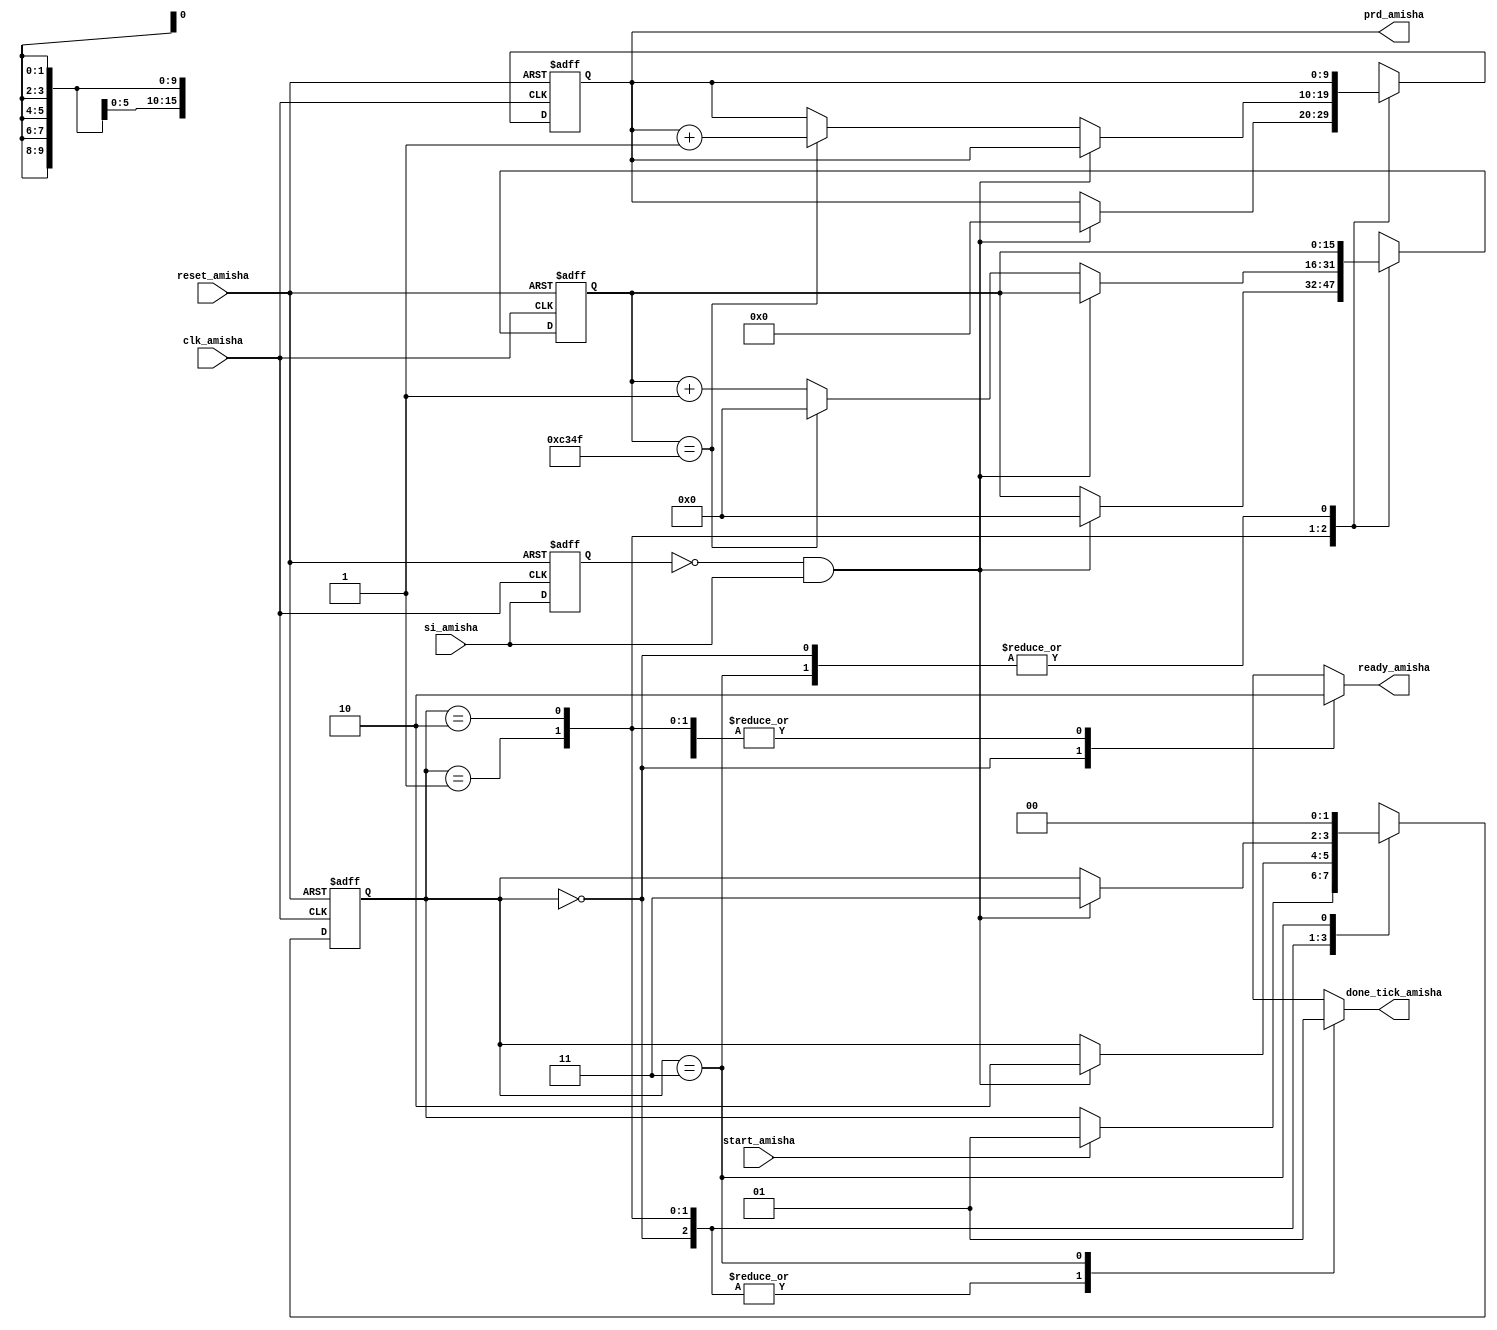
`timescale 1ns / 1ps
//////////////////////////////////////////////////////////////////////////////////
// Company: 
// Engineer: 
// 
// Design Name: 
// Module Name:    period_counter_Amisha 
// Project Name: 
// Target Devices: 
// Tool versions: 
// Description: 
//
// Dependencies: 
//
// Revision: 
// Revision 0.01 - File Created
// Additional Comments: 
//
//////////////////////////////////////////////////////////////////////////////////

module period_counter_Amisha
   (
    input clk_amisha, 
	 input reset_amisha,
    input start_amisha, 
	 input si_amisha,
    output reg ready_amisha, 
	 output reg done_tick_amisha,
    output [9:0] prd_amisha
   );

   localparam [1:0]
      idle_amisha  = 2'b00,
      waite_amisha = 2'b01,
      count_amisha = 2'b10,
      done_amisha  = 2'b11;

   localparam CLK_MS_COUNT_amisha = 50000; 

   reg [1:0] state_reg_amisha, state_next_amisha;
   reg [15:0] t_reg_amisha, t_next_amisha; 
   reg [9:0] p_reg_amisha, p_next_amisha;   
   reg delay_reg_amisha;
   wire edg_amisha;

   always @(posedge clk_amisha, posedge reset_amisha)
      if (reset_amisha)
         begin
            state_reg_amisha <= idle_amisha;
            t_reg_amisha <= 0;
            p_reg_amisha <= 0;
            delay_reg_amisha <= 0;
         end
      else
         begin
            state_reg_amisha <= state_next_amisha;
            t_reg_amisha <= t_next_amisha;
            p_reg_amisha <= p_next_amisha;
            delay_reg_amisha <= si_amisha;
         end

   assign edg_amisha = ~delay_reg_amisha & si_amisha;
	
   always @*
   begin
      state_next_amisha = state_reg_amisha;
      ready_amisha = 1'b0;
      done_tick_amisha = 1'b0;
      p_next_amisha = p_reg_amisha;
      t_next_amisha = t_reg_amisha;
      case (state_reg_amisha)
         idle_amisha:
             begin
                ready_amisha = 1'b1;
                if (start_amisha)
                   state_next_amisha = waite_amisha;
             end
				 
         waite_amisha: 
            if (edg_amisha)
               begin
                  state_next_amisha = count_amisha;
                  t_next_amisha = 0;
                  p_next_amisha = 0;
               end
					
         count_amisha:
            if (edg_amisha)  
               state_next_amisha = done_amisha;
            else      
               if (t_reg_amisha == CLK_MS_COUNT_amisha - 1) 
                  begin
                     t_next_amisha = 0;
                     p_next_amisha = p_reg_amisha + 1;
                  end
               else
                  t_next_amisha = t_reg_amisha + 1;
						
         done_amisha:
            begin
               done_tick_amisha = 1'b1;
               state_next_amisha = idle_amisha;
            end
         default: state_next_amisha = idle_amisha;
      endcase
   end

   assign prd_amisha = p_reg_amisha;
endmodule